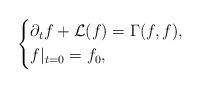
LaTeX: \begin{align*}\left\{\begin{aligned} &\partial_t f+\mathcal{L}(f)=\Gamma(f,f),\\ &f|_{t=0}=f_0,\end{aligned}\right.\end{align*}